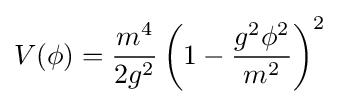
V(\phi )={\frac {m^{4}}{2g^{2}}}\left(1-{\frac {g^{2}\phi ^{2}}{m^{2}}}\right)^{2}